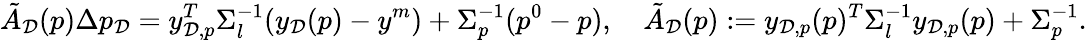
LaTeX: \tilde{A}_{\mathcal{D}}(p)\Delta p_{\mathcal{D}}=y_{\mathcal{D},p}^{T}\Sigma_{l}^{-1}(y_{\mathcal{D}}(p)-y^{m})+\Sigma_{p}^{-1}(p^{0}-p),\quad\tilde{A}_{\mathcal{D}}(p):=y_{\mathcal{D},p}(p)^{T}\Sigma_{l}^{-1}y_{\mathcal{D},p}(p)+\Sigma_{p}^{-1}.